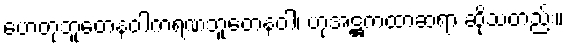
ဟေတုဘူတေနဝါကရဏဘူတေနဝါ၊ ဟုအဋ္ဌကထာဆရာ ဆိုသတည်း။